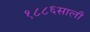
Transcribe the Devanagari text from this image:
१८८६साली